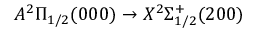
A ^ { 2 } \Pi _ { 1 / 2 } ( 0 0 0 ) \rightarrow X ^ { 2 } \Sigma _ { 1 / 2 } ^ { + } ( 2 0 0 )